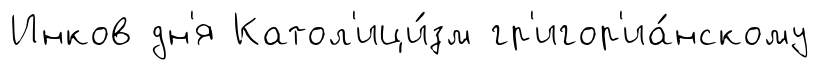
Инков дн'я Катол'ици́зм гр'игор'иа́нскому